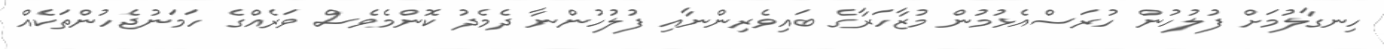
ހިނގާލުމަށް ފުލުހުން ހުރަސްއެޅުމުން މުޒާހަރާގެ ބައިވެރިންނާއި ފުލުހުންނާ ދެމެދު ކޮންމެވެސް ވަރެއްގެ ހަމަނުޖެހުންތަކެއް